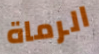
الرماة